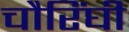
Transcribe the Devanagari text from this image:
चौरिंघी